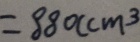
= 8 8 0 ( c m ^ { 3 }